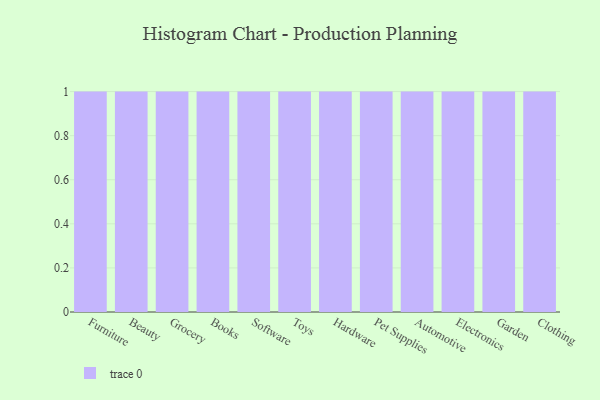
{"axis": {"x": "Category", "y": "Conversion Rate (%)"}, "legend": [""], "data": [{"x": "Furniture", "y": 76, "type": ""}, {"x": "Beauty", "y": 35, "type": ""}, {"x": "Grocery", "y": 10, "type": ""}, {"x": "Books", "y": 100, "type": ""}, {"x": "Software", "y": 12, "type": ""}, {"x": "Toys", "y": 38, "type": ""}, {"x": "Hardware", "y": 100, "type": ""}, {"x": "Pet Supplies", "y": 69, "type": ""}, {"x": "Automotive", "y": 82, "type": ""}, {"x": "Electronics", "y": 30, "type": ""}, {"x": "Garden", "y": 63, "type": ""}, {"x": "Clothing", "y": 24, "type": ""}]}